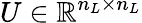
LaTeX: U\in\mathbb{R}^{n_{L}\times n_{L}}